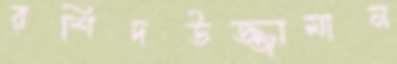
রশিদউজ্জামান